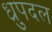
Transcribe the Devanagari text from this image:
ध्रुपदल